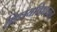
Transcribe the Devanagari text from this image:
विषयविभाजन